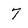
Character: 7